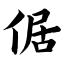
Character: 倨